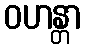
ဝဟန္တာ